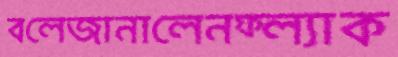
বলেজানালেনফ্ল্যাক